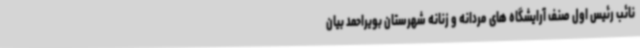
نائب رئیس اول صنف آرایشگاه های مردانه و زنانه شهرستان بویراحمد بیان